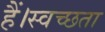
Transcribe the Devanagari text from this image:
हैं।स्वच्छता